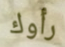
رأوك